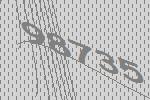
98735